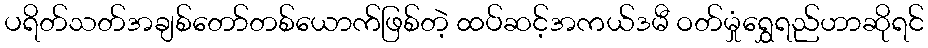
ပရိတ်သတ်အချစ်တော်တစ်ယောက်ဖြစ်တဲ့ ထပ်ဆင့်အကယ်ဒမီ ဝတ်မှုံရွှေရည်ဟာဆိုရင်